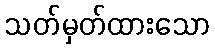
သတ်မှတ်ထားသော